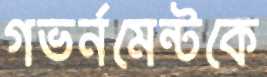
গভর্নমেন্টকে